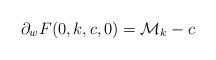
\begin{align*}\partial_w F(0,k,c,0)=\mathcal{M}_k -c\end{align*}